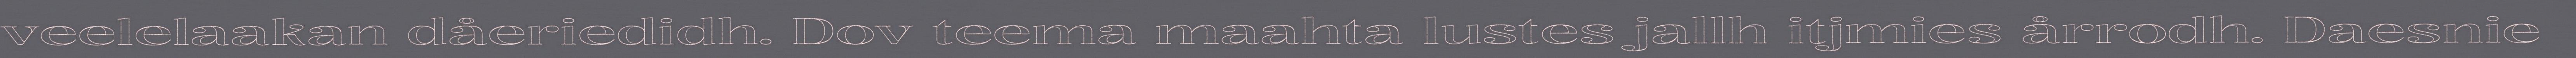
veelelaakan dåeriedidh. Dov teema maahta lustes jallh itjmies årrodh. Daesnie